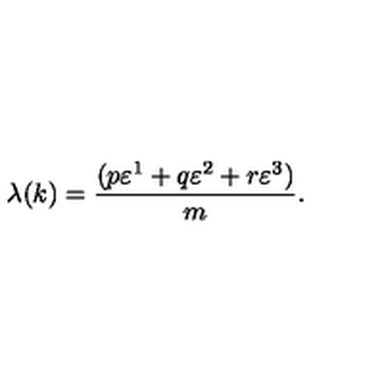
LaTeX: \lambda ( k ) = \frac { ( p \varepsilon ^ { 1 } + q \varepsilon ^ { 2 } + r \varepsilon ^ { 3 } ) } { m } .